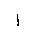
Letter: _alif